Report of the Bombay Plague Committee
Disease focus: Plague
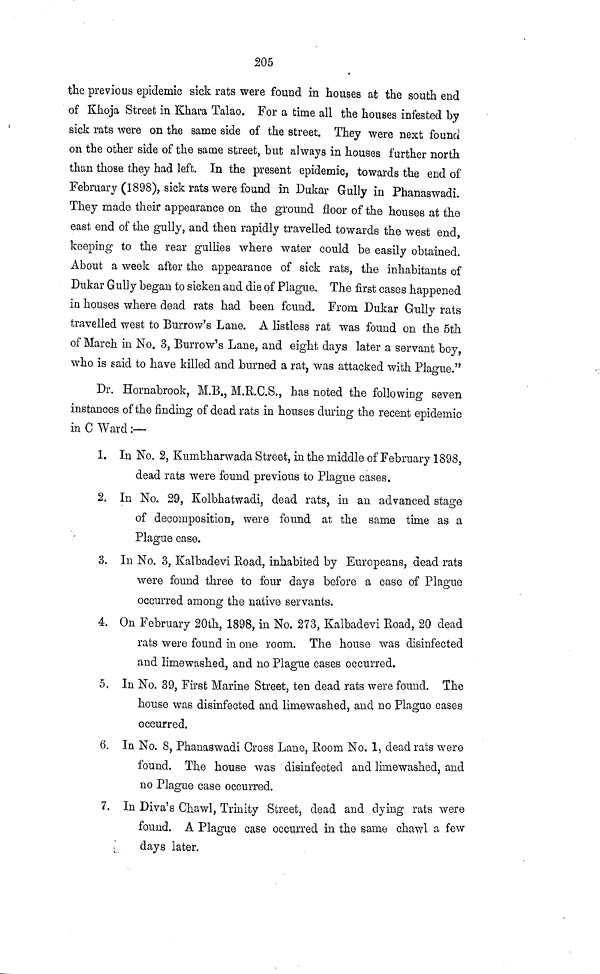
205
the previous epidemic sick rats were found in houses at the south end
of Khoja Street in Khara Talao. For a time all the houses infested by
sick rats were on the same side of the street. They were next found
on the other side of the same street, but always in houses further north
than those they had left. In the present epidemic, towards the end of
February (1898), sick rats were found in Dukar Gully in Phanaswadi.
They made their appearance on the ground floor of the houses at the
east end of the gully, and then rapidly travelled towards the west end,
keeping to the rear gullies where water could be easily obtained.
About a week after the appearance of sick rats, the inhabitants of
Dukar Gully began to sicken and die of Plague. The first cases happened
in houses where dead rats had been found. From Dukar Gully rats
travelled west to Burrow's Lane. A listless rat was found on the 5th
of March in No. 3, Burrow's Lane, and eight days later a servant boy,
who is said to have killed and burned a rat, was attacked with Plague."
Dr. Hornabrook, M.B., M.R.C.S., has noted the following seven
instances of the finding of dead rats in houses during the recent epidemic
in C Ward :—
1. In No. 2, Kumbharwada Street, in the middle of February 1898,
dead rats were found previous to Plague cases.
2. In No. 29, Kolbhatwadi, dead rats, in an advanced stage
of decomposition, were found at the same time as a
Plague case.
3. In No. 3, Kalbadevi Road, inhabited by Europeans, dead rats
were found three to four days before a case of Plague
occurred among the native servants.
4. On February 20th, 1898, in No. 273, Kalbadevi Road, 20 dead
rats were found in one room. The house was disinfected
and limewashed, and no Plague cases occurred.
5. In No. 39, First Marine Street, ten dead rats were found. The
house was disinfected and limewashed, and no Plague cases
occurred.
6. In No. 8, Phanaswadi Gross Lane, Room No. 1, dead rats were
found. The house was disinfected and limewashed, and
no Plague case occurred.
7. In Diva's Chawl, Trinity Street, dead and dying rats were
found. A Plague case occurred in the same chawl a few
days later.